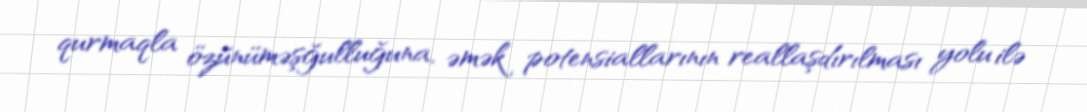
qurmaqla özünüməşğulluğuna, əmək potensiallarının reallaşdırılması yolu ilə